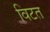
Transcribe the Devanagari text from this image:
विटत